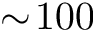
\sim \! 1 0 0